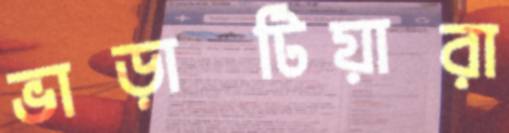
ভাড়াটিয়ারা